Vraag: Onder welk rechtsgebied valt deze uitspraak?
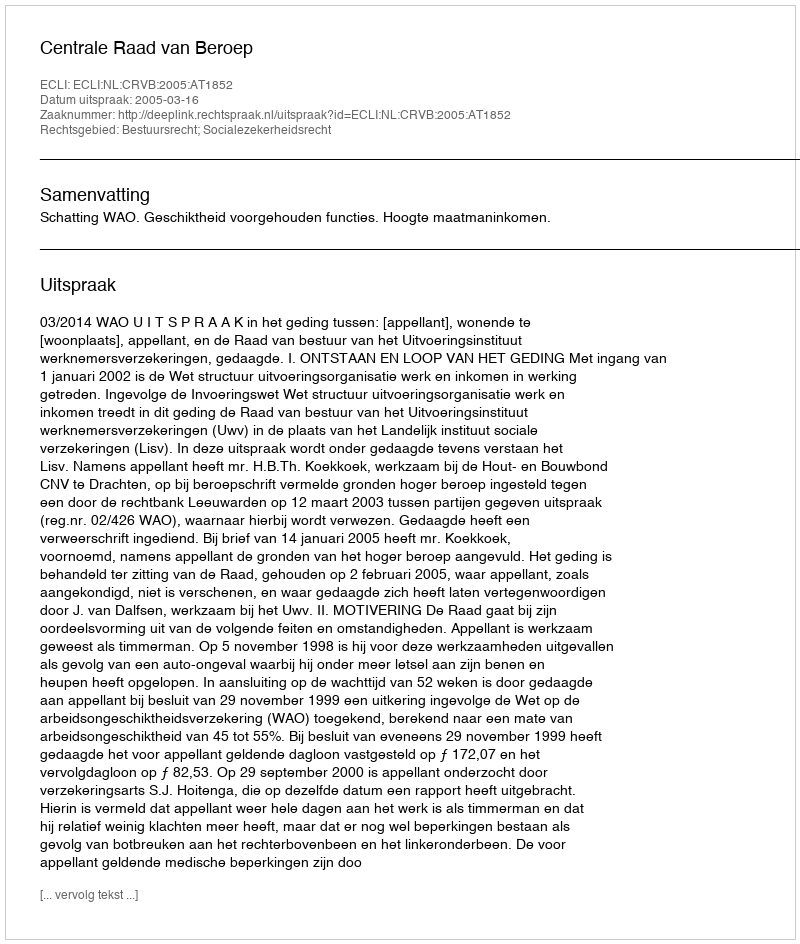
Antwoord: Bestuursrecht; Socialezekerheidsrecht